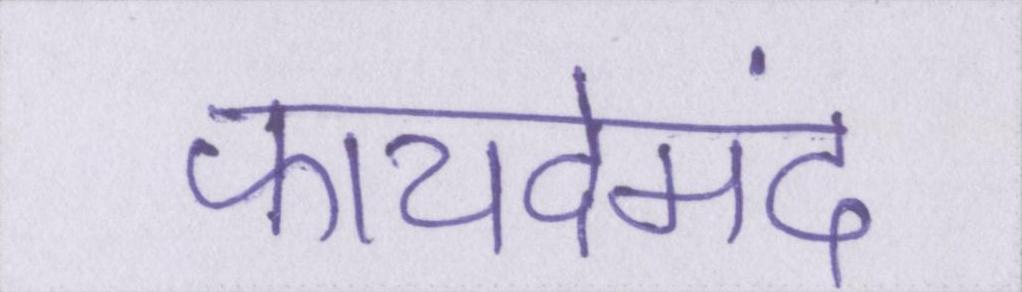
फायदेमंद